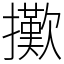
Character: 擹